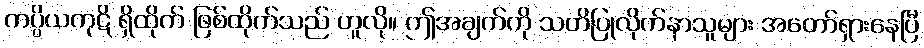
ကပ္ပိယကုဋိ ရှိထိုက် ဖြစ်ထိုက်သည် ဟူလို။ ဤအချက်ကို သတိပြုလိုက်နာသူများ အတော်ရှားနေပြီ